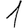
Digit: 1